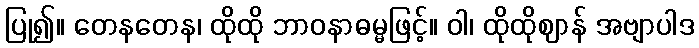
ပြု၍။ တေနတေန၊ ထိုထို ဘာဝနာဓမ္မဖြင့်။ ဝါ၊ ထိုထိုဈာန် အဗျာပါဒ